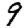
Digit: 9